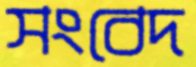
সংবেদ